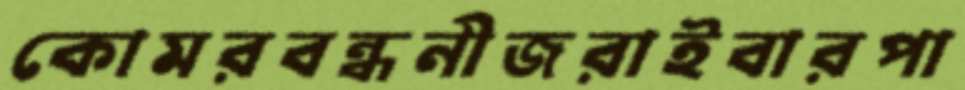
কোমরবন্ধনীজরাইবারপা